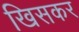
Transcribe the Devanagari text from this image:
खिसकर